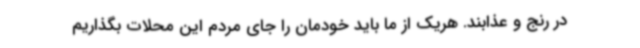
در رنج و عذابند. هریک از ما باید خودمان را جای مردم این محلات بگذاریم